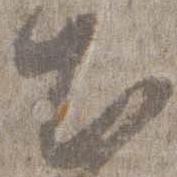
出